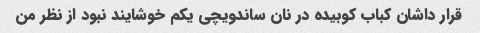
قرار داشان کباب کوبیده در نان ساندویچی یکم خوشایند نبود از نظر من